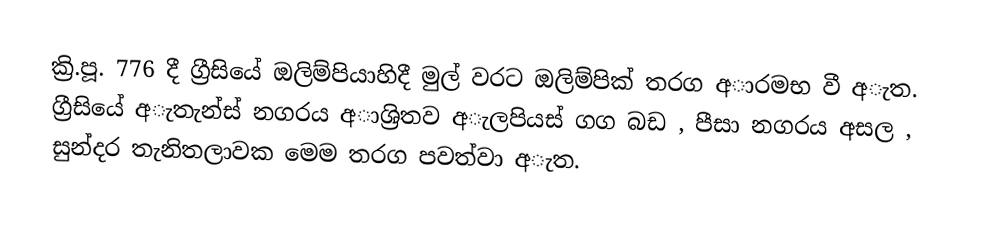
ක්‍රි.පූ. 776 දී ග්‍රීසියේ ඔලිම්පියාහිදී මුල් වරට ඔලිම්පික් තරග අාරමභ වී අැත. ග්‍රීසියේ අැතැන්ස් නගරය අාශ්‍රිතව අැලපියස් ගග බඩ , පීසා නගරය අසල , සුන්දර තැනිතලාවක මෙම තරග පවත්වා අැත.